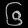
Digit: ၆